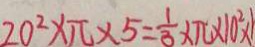
2 0 ^ { 2 } \times \pi \times 5 = \frac { 1 } { 3 } \times \pi \times 1 0 ^ { 2 } \times 1